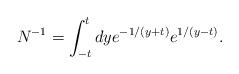
LaTeX: \begin{align*}N^{-1} = \int_{-t}^t d y e^{-1/(y + t)} e^{1/(y - t)}.\end{align*}